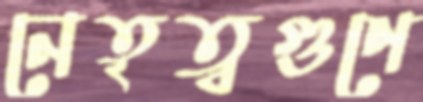
নেতৃত্বগুণে